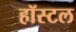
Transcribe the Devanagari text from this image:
हॉस्‍टल